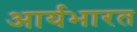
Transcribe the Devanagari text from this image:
आर्यभारत